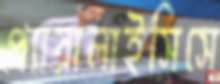
প্যারালাইসিসে